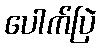
ပေါက်ပြဲ